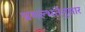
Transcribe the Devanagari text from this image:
प्रगल्भतेनुसार